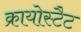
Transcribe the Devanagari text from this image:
क्रायोस्टैट